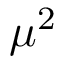
\mu ^ { 2 }